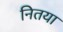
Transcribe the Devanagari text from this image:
नितया